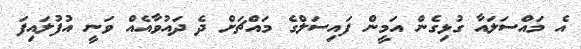
އެ މައްސަލައާ ގުޅިގެން އަމީން ފައިސަލްގެ މައްޗަށް ދެ ދައުވާއެއް ވަނީ އުފުލައިފަ